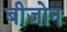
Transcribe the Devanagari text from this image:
बीजोन